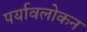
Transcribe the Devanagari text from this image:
पर्यावलोकन